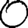
Digit: 0